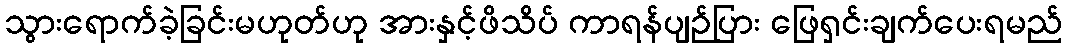
သွားရောက်ခဲ့ခြင်းမဟုတ်ဟု အားနှင့်ဖိသိပ် ကာရန်ပျဉ်ပြား ဖြေရှင်းချက်ပေးရမည်